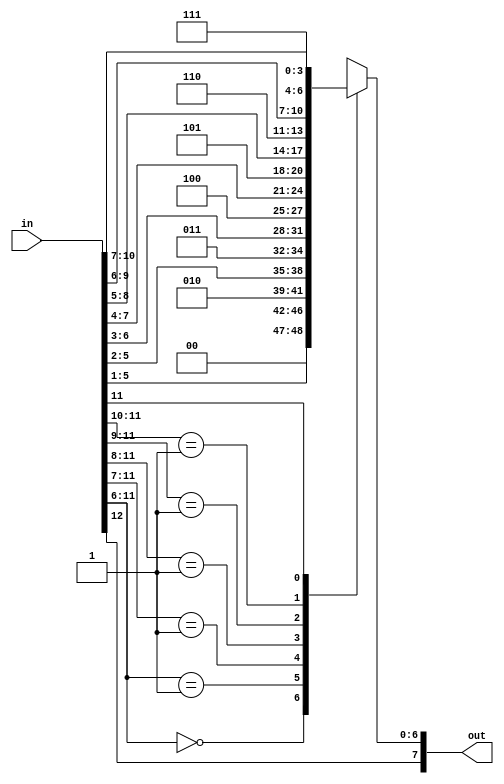
//Convert 13bit linear code to 8bit PCM code
module PCMEncoder(
    input [12:0] in,
    output reg [7:0] out
);

always @*
begin
    out[7] <= in[12];
    casez(in[11:6])
        6'b00_0000: out[6:0] <= {2'b00, in[5:1]};
        6'b00_0001: out[6:0] <= {3'b010, in[5:2]};
        6'b00_001?: out[6:0] <= {3'b011, in[6:3]};
        6'b00_01??: out[6:0] <= {3'b100, in[7:4]};
        6'b00_1???: out[6:0] <= {3'b101, in[8:5]};
        6'b01_????: out[6:0] <= {3'b110, in[9:6]};
        6'b1?_????: out[6:0] <= {3'b111, in[10:7]};
        default: out[6:0] <= 7'b000_0000;
    endcase
end

endmodule

//convert 13bit PCM code to 8bit linear code
module PCMDecoder(
    input [7:0] in,
    output reg [12:0] out
);

always @*
begin
    out[12] <= in[7];
    casez(in[6:4])
        3'b00?: out[11:0] <= {6'b00_0000, in[4:0], 1'b1};
        3'b010: out[11:0] <= {6'b00_0001, in[3:0], 2'b10};
        3'b011: out[11:0] <= {5'b0_0001, in[3:0], 3'b100};
        3'b100: out[11:0] <= {4'b0001, in[3:0], 4'b1000};
        3'b101: out[11:0] <= {3'b001, in[3:0], 5'b1_0000};
        3'b110: out[11:0] <= {2'b01, in[3:0], 6'b10_0000};
        3'b111: out[11:0] <= {1'b1, in[3:0], 7'b100_0000};
        default: out[11:0] <= 12'b0000_0000_0000;
    endcase
end

endmodule